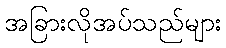
အခြားလိုအပ်သည်များ